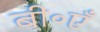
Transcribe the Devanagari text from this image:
बी॰एँ